Vaccine operations Central Provinces & Berar 1922-1929 - 1922-1929
Year: 1922
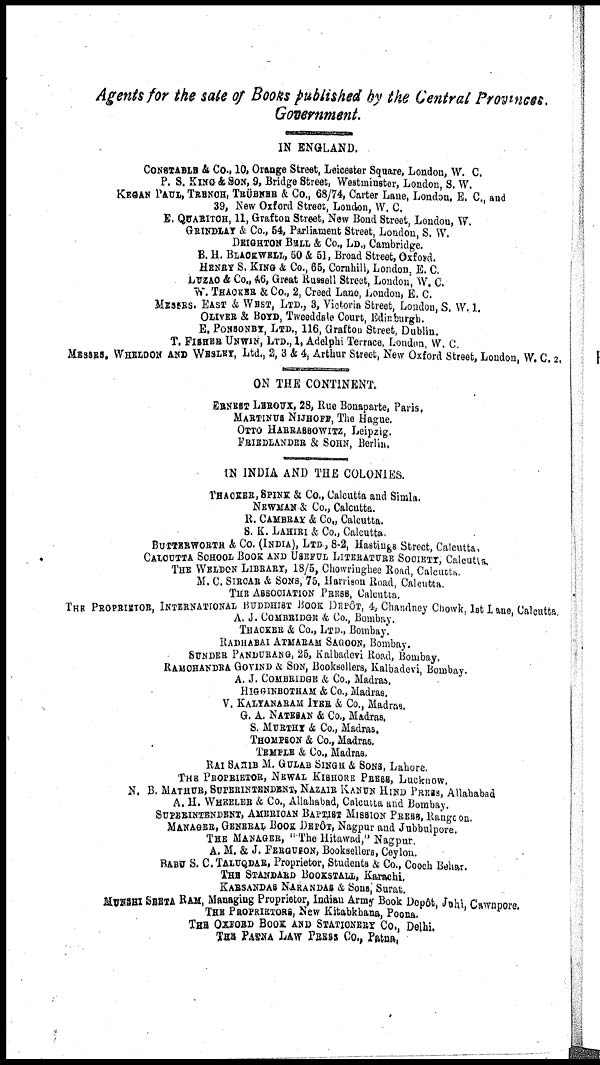
Agents for the sale of Books published by the Central Provinces.
Government.
IN ENGLAND.
CONSTABLE & Co., 10, Orange Street, Leicester Square, London, W. C.
P. S. KING & SON, 9, Bridge Street, Westminster, London, S. W.
KEGAN PAUL, TRENCH, TRÜBNEB & Co., 68/74, Carter Lane, London, E. C., and
39, New Oxford Street, London, W. C.
E. QUARITCH, 11, Grafton Street, New Bond Street, London, W.
GRINDLAY & Co., 64, Parliament Street, London, S. W.
DEIGHTON BELL & Co., LD., Cambridge.
B. H. BLACKWELL, 50 & 51, Broad Street, Oxford.
HENRY S. KING & Co., 65, Cornhill, London, E. C.
LUZAC & Co., 46, Great Russell Street, London, W. C.
W. THACKER & Co., 2, Creed Lane, London, E. C.
MESSRS. EAST & WEST, LTD., 3, Victoria Street, London, S. W. 1.
OLIVER & BOYD, Tweeddale Court, Edinburgh.
E. PONSONBY, LTD., 116, Grafton Street, Dublin.
T. FISHER UNWIN, LTD., 1, Adelphi Terrace, London, W. C.
MESSRS. WHELDON AND WESLEY, Ltd., 2, 3 & 4, Arthur Street, New Oxford Street, London, W. C. 2.
ON THE CONTINENT.
ERNEST LEROUX, 28, Rue Bonaparte, Paris.
MARTINUS NIJHOFF, The Hague.
OTTO HARRASSOWITZ, Leipzig.
FRIEDLANDER & SOHN, Berlin.
IN INDIA AND THE COLONIES.
THACKER, SPINK & Co., Calcutta and Simla.
NEWMAN & Co., Calcutta.
R. CAMBRAY & Co., Calcutta.
S. K. LAHIRI & Co., Calcutta.
BUTTERWORTH & Co. (INDIA), LTD, 8-2, Hastings Street, Calcutta.
CALCUTTA SCHOOL BOOK AND USEFUL LITERATURE SOCIETY, Calcutta.
THE WELDON LIBRARY, 18/5, Chowringhee Road, Calcutta
M. C. SIRCAR & SONS, 75, Harrison Road, Calcutta.
THE ASSOCIATION PRESS, Calcutta.
THE PROPRIETOR, INTERNATIONAL BUDDHIST BOOK DEPÔT, 4, Chandney Chowk, 1st Lane Calcutta.
A. J. COMBRIDGE & Co., Bombay.
'
THACKER & Co., LTD., Bombay.
RADHABAI ATMARAM SAGOON, Bombay.
SUNDER PANDURANG, 25, Kalbadevi Road, Bombay.
RAMCHANDRA GOVIND & SON, Booksellers, Kalbadevi, Bombay.
A. J. COMBRIDGE & Co., Madras.
HIGGINBOTHAM & Co., Madras.
V. KALYANARAM IYER & Co., Madras.
G. A. NATESAN & Co., Madras.
S. MURTHY & Co., Madras.
THOMPSON & Co., Madras.
TEMPLE & Co., Madras.
RAI SAHIB M. GULAB SINGH & SONS, Lahore.
THE PROPRIETOR, NEWAL KISHORE PRESS, Lucknow.
N. B. MATHUR, SUPERINTENDENT, NAZAIR KANUN HIND PRESS, Allahabad
A. H. WHEELER & Co., Allahabad, Calcutta and Bombay.
SUPERINTENDENT, AMERICAN BAPTIST MISSION PRESS, Rangoon.
MANAGER, GENERAL BOOK DEPÔT, Nagpur and Jubbulpore.
THE MANAGER, "The Hitawad," Nagpur.
A. M. & J. FERGUSON, Booksellers, Ceylon.
BABU S. C. TALUQDAR, Proprietor, Students & Co., Cooch Behar.
THE STANDARD BOOKSTALL, Karachi,
KARSANDAS NARANDAS & Sons, Surat.
MUNSHI SEETA RAM, Managing Proprietor, Indian Army Book Dopôt, Juhi, Cawnpore.
THE PROPRIETORS, New Kitabkhana, Poona.
THE OXFORD BOOK AND STATIONERY Co., Delhi.
THE PATNA LAW PRESS Co., Patna.